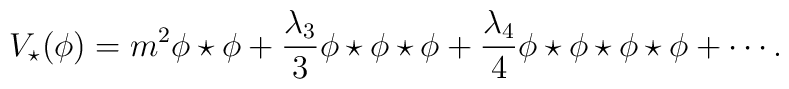
V_{\star }(\phi )=m^{2}\phi \star \phi +{\frac{\lambda _{3}}{3}}\phi \star\phi \star \phi +{\frac{\lambda _{4}}{4}}\phi \star \phi \star \phi \star\phi +\cdots .